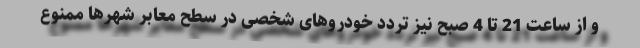
و از ساعت 21 تا 4 صبح نیز تردد خودروهای شخصی در سطح معابر شهرها ممنوع